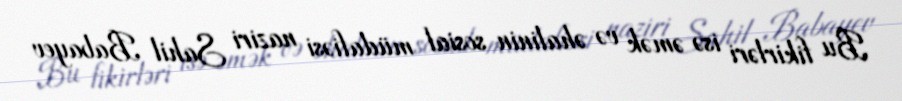
Bu fikirləri isə əmək və əhalinin sosial müdafiəsi naziri Sahil Babayev